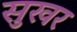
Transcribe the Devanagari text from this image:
सुखर